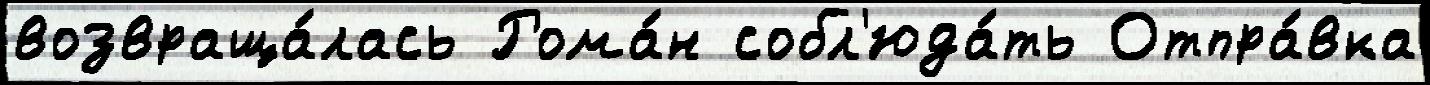
возвраща́лась Рома́н собл'юда́ть Отпра́вка